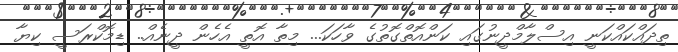
ތިދައްކައްކަނީ އިސްލާމްދީނުގައި ކަންއޮތްގޮތުގެ ވާހަކަ... މިތާ އޮތީ އެހެން ދީނެއް.. ޑިމޮކްރަސީ ކިޔާ